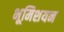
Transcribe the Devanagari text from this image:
भूमिशयन